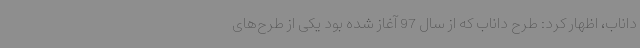
داناب، اظهار کرد: طرح داناب که از سال 97 آغاز شده بود یکی از طرح‌های